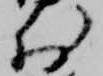
於